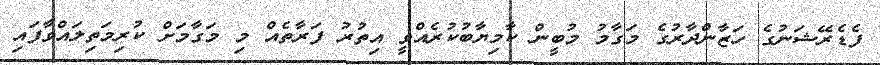
ފެޑެރޭޝަނުގެ ހަޒާންދާރުގެ މަގާމު މުބީން ކާމިޔާބުކުރެއްވީ އިތުރު ފަރާތެއް މި މަގާމަށް ކުރިމަތިލައްވާފައި